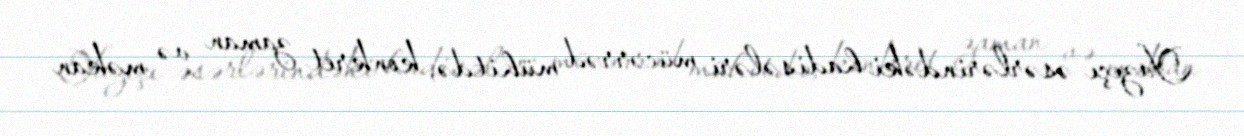
Yazıçı əsərlərindəki hadisələri mücərrəd mühitdə, konkret zaman və məkan